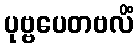
ပုဗ္ဗပေတဗလိံ